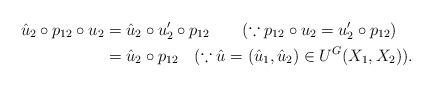
LaTeX: \begin{align*}\hat{u}_{2}\circ p_{12}\circ u_{2}&=\hat{u}_{2}\circ u'_{2}\circ p_{12}~~~~~~(\because p_{12}\circ u_{2}=u'_{2}\circ p_{12})\\&=\hat{u}_{2}\circ p_{12}~~~(\because \hat{u}=(\hat{u}_{1},\hat{u}_{2})\in U^{G}(X_{1},X_{2})).\end{align*}